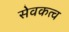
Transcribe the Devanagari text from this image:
सेवकत्व